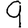
Digit: 9